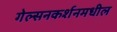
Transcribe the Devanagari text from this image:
गेल्सनकर्शनमधील